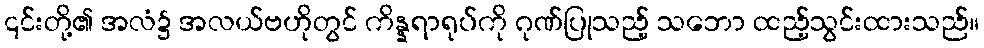
၎င်းတို့၏ အလံ၌ အလယ်ဗဟိုတွင် ကိန္နရာရုပ်ကို ဂုဏ်ပြုသည့် သဘော ထည့်သွင်းထားသည်။